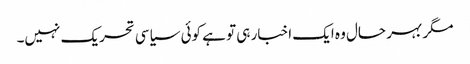
مگر بہر حال وہ ایک اخبار ہی تو ہے کوئی سیاسی تحریک نہیں۔